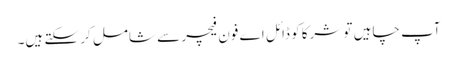
آپ چاہیں تو شرکا کو ڈائل ا ے فون فیچر سے شامل کر سکتے ہیں۔